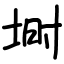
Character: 埘